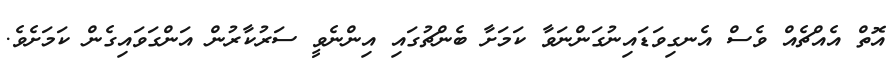
އޮތް އެއްޗެއް ވެސް އެނގިވަޑައިނުގަންނަވާ ކަމަށާ ބެންޗުގައި އިންނެވީ ސަރުކާރުން އަންގަވައިގެން ކަަމަށެވެ.